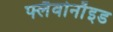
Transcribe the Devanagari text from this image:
फ्लैवोनाॅइड